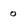
Character: o